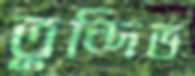
তুন্দিভ